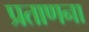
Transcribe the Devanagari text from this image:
प्रताणना